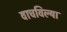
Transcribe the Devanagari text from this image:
वाचविल्या